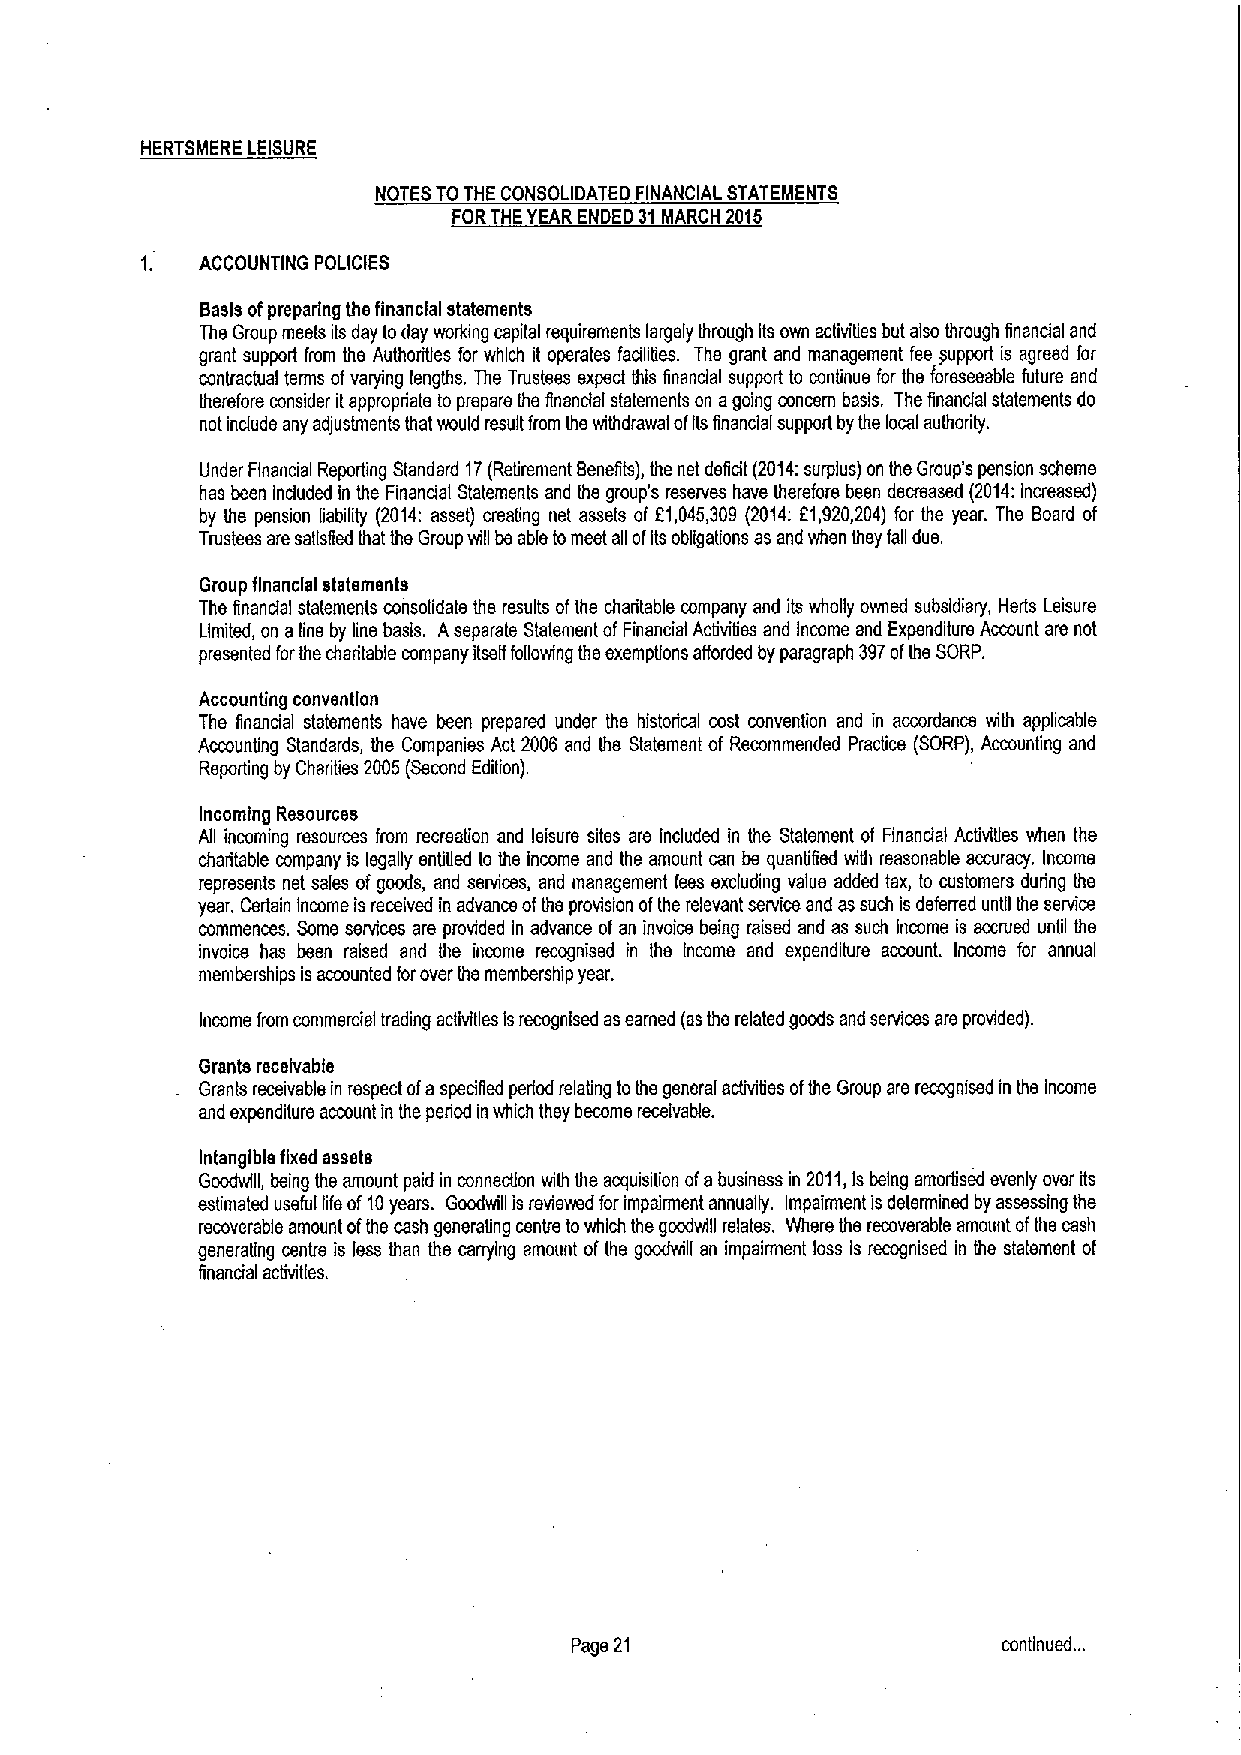
HERTSMERE LEISURE
 NOTES TOTHE CONSOLIDATED FINANCIAL STATEMENTS
 FORTHEYEAR ENDED 31MARCH 2015
 ACCOUNTING POLICIES
 Basis ofpreparing the financial statements
 The Group meats iis day today working capital requirements largely through its ovm activities but also through financtaf and
 grant support from the Authorities for which it operates facilities. The grant and management fee fiupport is agreed for
 contractual terms ofvarying lengths. The Trustees expect this financial support to continue for the foreseeable future and
 therefore consider itappropriate to prepare the financfal statements on agoing concern basis. Ths financial statements do
 not include any adjustments that would result from the withdrawal ofils financial supporl by ths local authorily.
 Under Financial Reporting Standard 17(Retirement Benefits), the net deficit (2014:surplus) on the Group's pension scheme
 has been Included in the Financial Statemenis and ths group's reserves have therefore been decreased (2014:increased)
 by Ihe pension liability (2014: asset) creating net assets of 61,045,309 (2014:61,920,204) for the year. The Board of
 Trustees are satisfied that the Group will bs able tomeet afi ofits obfigations as and when they fall due.
 Group financial statements
 Ths finandal stalemenis consolidate the results ofthe charitable company and its wholly owned subsidiary, Hurts Leisure
 Limited, on aline by line basis. Aseparate Statement ofFinancial Activities and Income and Expenditure Account ars not
 presented forthe charitable company ilsslf following the exemptions afforded by paragraph 397ofths SORP.
 Accounting convention
 The financial statements have been prepared under the historical cost convention and in accordance with applicable
 Accounting Standards, the Companies Act 2006 and ths Statement of Recommended Practice (SORP), Accounting and
 Reporting by Charities 2005 (Second Edition).
 Incoming Resources
 Afi incoming resources from recreation and leisure sites ars included in the Statement of Financial Activlfies when the
 charitable company is legally entified to the income and the amount can be quantified with reasonable accuracy. Income
 represents net sales ofgoods, and services, and management fess excluding value added tax, to customers during the
 year. Certain income is received in advance ofths provision ofthe relevant service and as such is deferred until the service
 commences. Some services ars provided in advance of an invoice being raised and as such income is accrued until the
 invoice has been raised and the income recognised in the income and expenditure account. Income for annual
 memberships is accounted forover ths membership year.
 Income from commercial trading actfvifies isrecognised asearned (asthe related gocds and services are provided).
 Grants receivable
 Grants receivable in respect ofaspecified period relating tothe general activilies ofthe Group ars recognised in ths income
 and expenditure account in the period in which they become receivable.
 Intangible fixed assets
 Goodwill, being ths amount paid in connecfion with the acquisition ofabusiness in 2011,Isbeing amortlsed evenly over its
 estimated useful life of10years. Goodwill is reviewed forimpairment annually. Impairment isdetermined by assessing the
 recoverabls amount ofthe cash generating centre towhich the goodwlfi relates. Where ths recoverable amount ofthe cash
 generating centre is less than ths carrying amount ofthe goodwill an impairment loss is recognised in the statement of
 financial activities.
 Page 21                     continued. ..